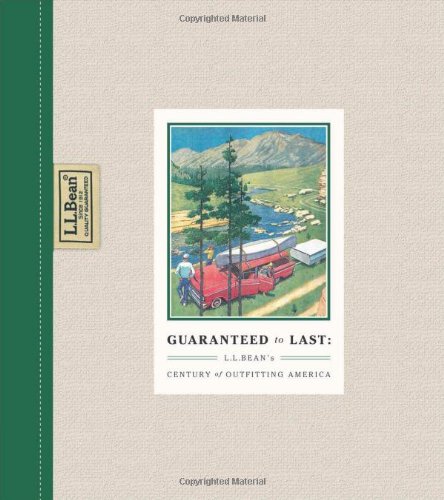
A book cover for Guaranteed to Last: L.L. Bean's Century of Outfitting America; Jim Gorman; Business & Money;